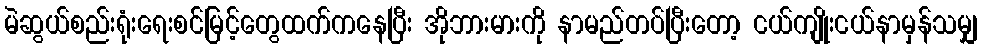
မဲဆွယ်စည်းရုံးရေးစင်မြင့်တွေထက်ကနေပြီး အိုဘားမားကို နာမည်တပ်ပြီးတော့ ငယ်ကျိုးငယ်နာမှန်သမျှ